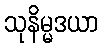
သုနိမ္မဒယာ